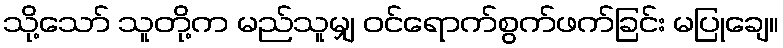
သို့သော် သူတို့က မည်သူမျှ ဝင်ရောက်စွက်ဖက်ခြင်း မပြုချေ။